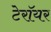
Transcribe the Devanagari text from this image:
टेरॉयर